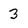
Character: 3